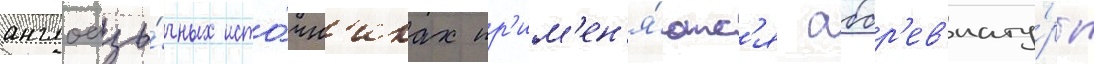
англоазы́чных исто́чн'иках пр'им'ен'я́ютс'я аббр'ев'иату́ры